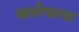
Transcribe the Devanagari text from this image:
खलीफाचा